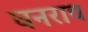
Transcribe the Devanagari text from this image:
घनराव